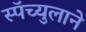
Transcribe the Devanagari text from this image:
स्पॅच्युलाने